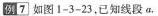
例7 如图1-3-23，已知线段a.